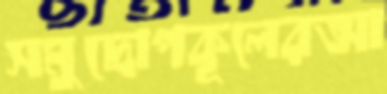
সমুদ্রোপকূলেরআ